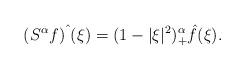
LaTeX: \begin{align*} (S^\alpha f)\hat{\phantom{i}}(\xi) = (1-|\xi|^2)_+^\alpha \hat{f}(\xi).\end{align*}